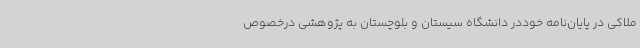
ملاکی در پایان‌نامه خوددر دانشگاه سیستان و بلوچستان به پژوهشی درخصوص